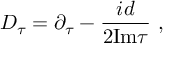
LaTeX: { \cal D } _ { \tau } = \partial _ { \tau } - { \frac { i d } { 2 \mathrm { I m } \tau } } ~ ,